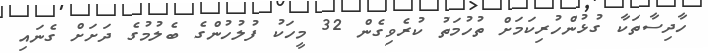
ހާދިސާތަކާ ގުޅުންހުރިކަމަށް ތުހުމަތު ކުރެވިގެން 32 މީހަކު ފުލުހުންގެ ބެލުމުގެ ދަށަށް ގެނައި